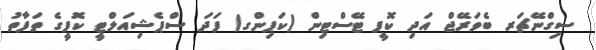
ސިގްނޭޗަރ ބެވަރޭޖް އަދި ކޮފީ ޓޭސްޓިން (ކަޕިންގ) ފަދަ ސްޕެޝިއަލްޓީ ކޮފީގެ ތަފާތު